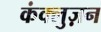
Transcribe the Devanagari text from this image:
कंक्लुज़न